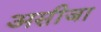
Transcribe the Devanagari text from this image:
असीजा